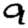
Digit: 9